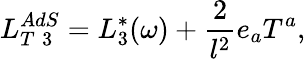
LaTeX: L_{T\; 3}^{AdS}=L_{3}^{*}(\omega)+\frac{2}{l^{2}}e_{a}T^{a},